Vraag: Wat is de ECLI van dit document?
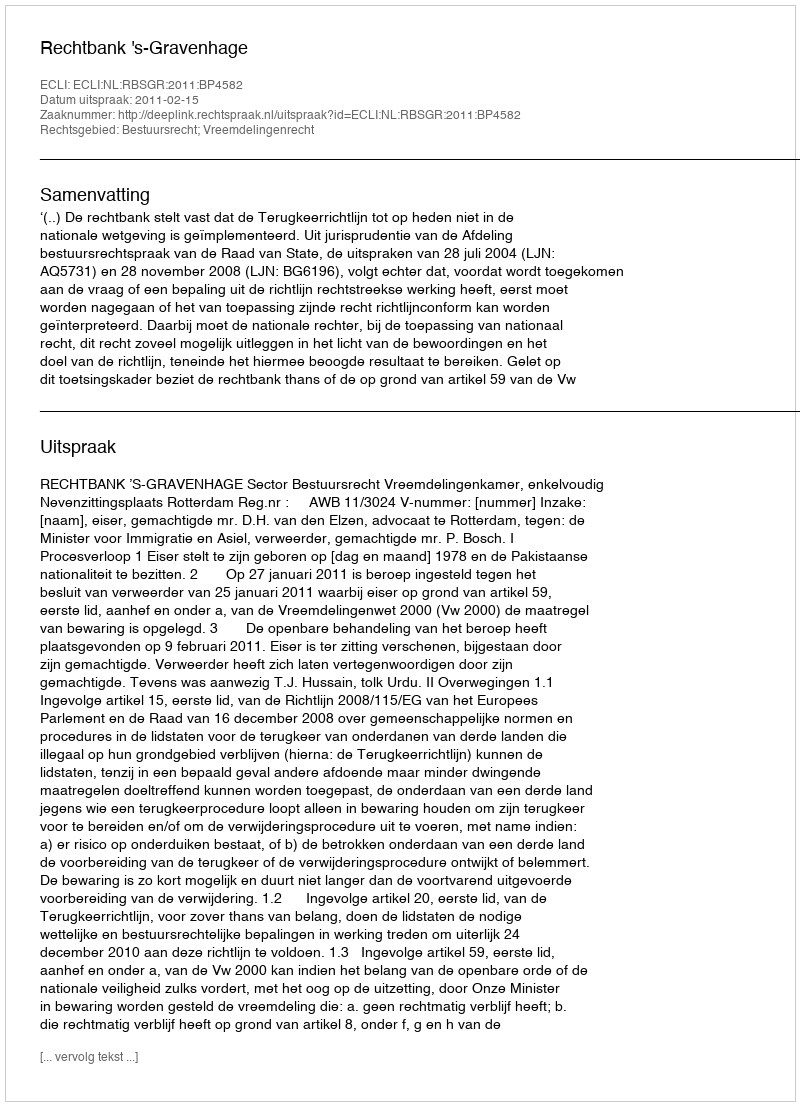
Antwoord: ECLI:NL:RBSGR:2011:BP4582